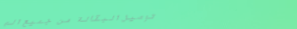
توصيل البقالة من جميع الم